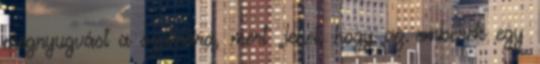
megnyugvást a számára, mert „lehet, hogy az emberek egy